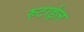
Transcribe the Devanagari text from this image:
रुटाईल